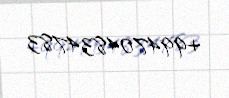
+994704834783